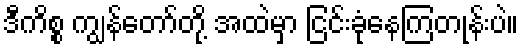
ဒီကိစ္စ ကျွန်တော်တို့ အထဲမှာ ငြင်းခုံနေကြတုန်းပဲ။